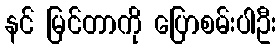
နင် မြင်တာကို ပြောစမ်းပါဦး